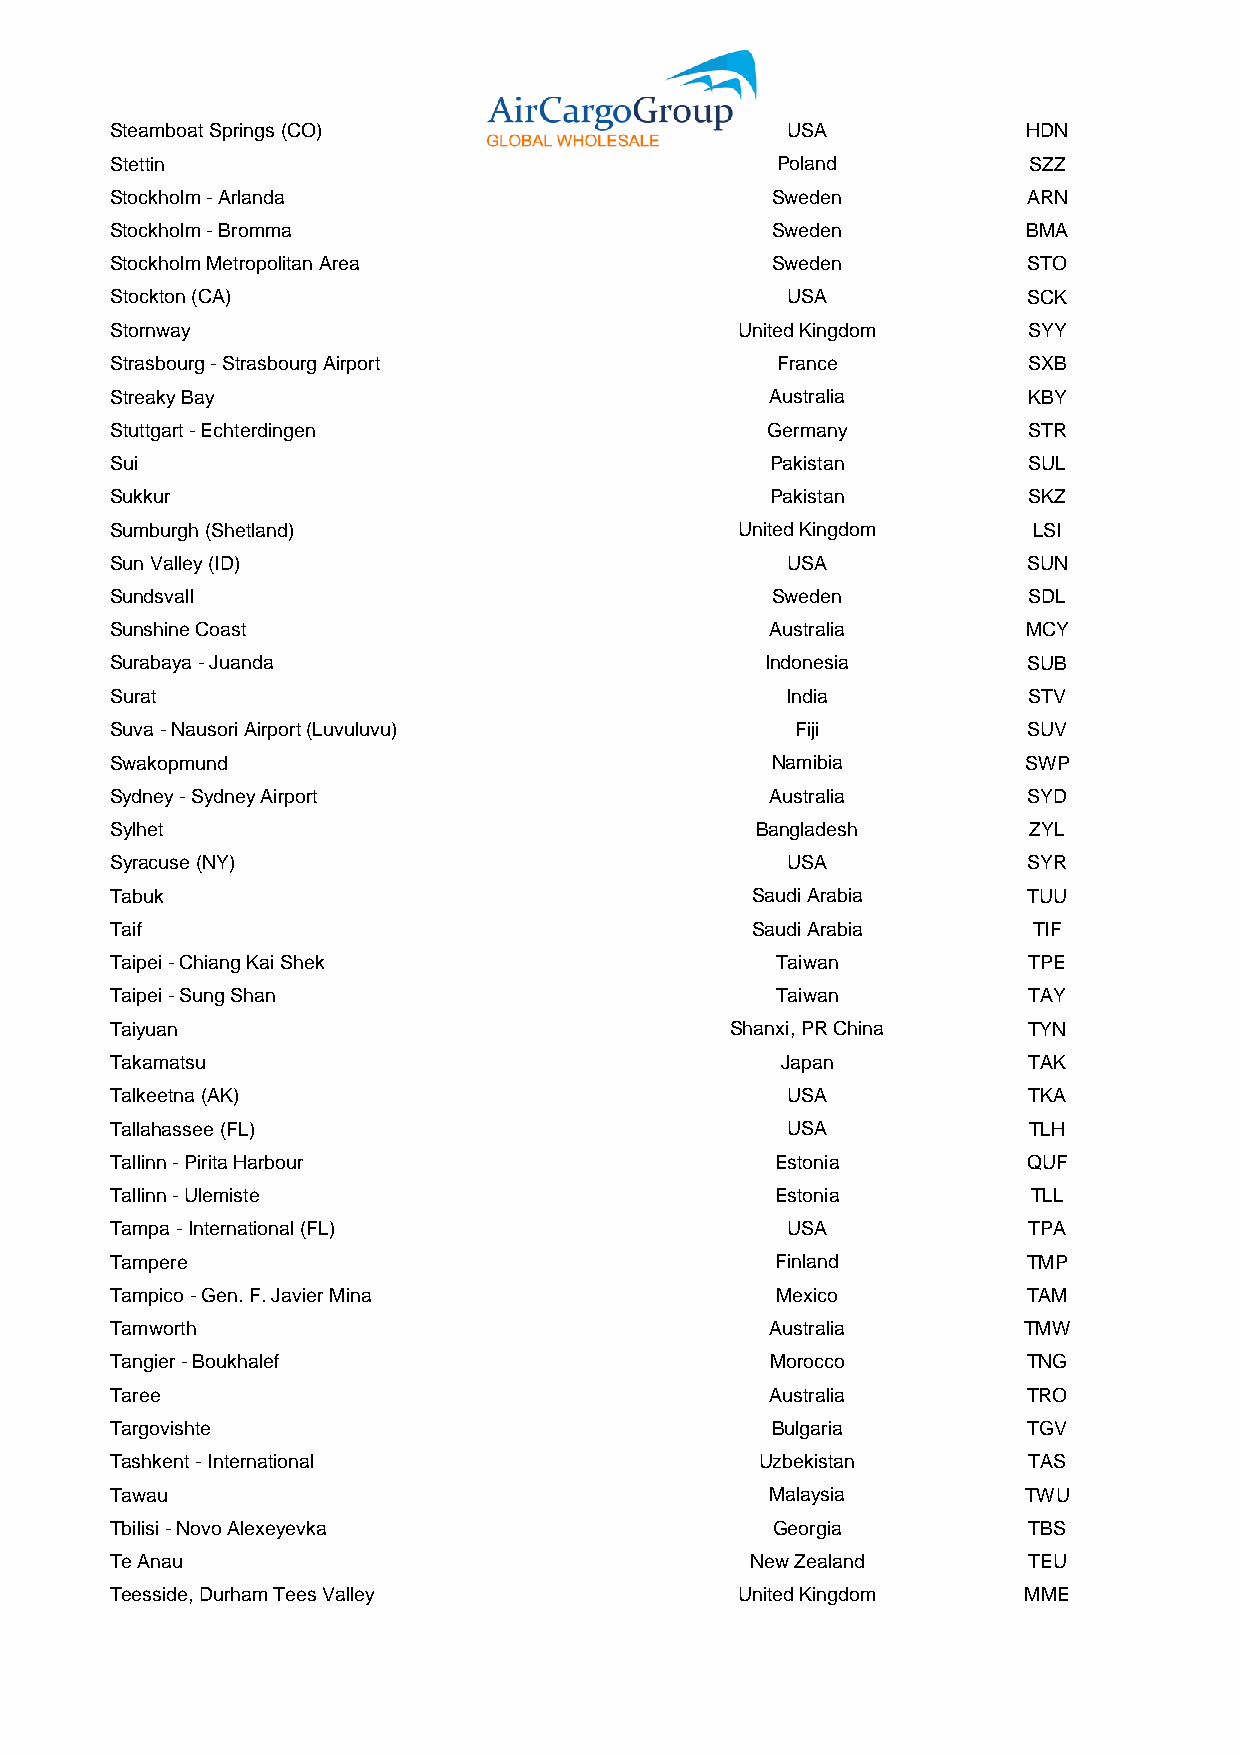
Steamboat Springs (CO)                       USA             HDN
 Stettin                                     Poland           SZZ
 Stockholm - Arlanda                         Sweden           ARN
 Stockholm - Bromma                          Sweden           BMA
 Stockholm Metropolitan Area                 Sweden           STO
 Stockton (CA)                                USA             SCK
 Stornway                                  United Kingdom     SYY
 Strasbourg - Strasbourg Airport             France           SXB
 Streaky Bay                                 Australia        KBY
 Stuttgart - Echterdingen                    Germany          STR
 Sui                                         Pakistan         SUL
 Sukkur                                      Pakistan         SKZ
 Sumburgh (Shetland)                       United Kingdom     LSI
 Sun Valley (ID)                              USA             SUN
 Sundsvall                                   Sweden           SDL
 Sunshine Coast                              Australia        MCY
 Surabaya - Juanda                           Indonesia        SUB
 Surat                                        India           STV
 Suva - Nausori Airport (Luvuluvu)             Fiji           SUV
 Swakopmund                                  Namibia          SWP
 Sydney - Sydney Airport                     Australia        SYD
 Sylhet                                     Bangladesh        ZYL
 Syracuse (NY)                                USA             SYR
 Tabuk                                      Saudi Arabia      TUU
 Taif                                       Saudi Arabia      TIF
 Taipei - Chiang Kai Shek                    Taiwan           TPE
 Taipei - Sung Shan                          Taiwan           TAY
 Taiyuan                                  Shanxi, PR China    TYN
 Takamatsu                                    Japan           TAK
 Talkeetna (AK)                               USA             TKA
 Tallahassee (FL)                             USA             TLH
 Tallinn - Pirita Harbour                    Estonia          QUF
 Tallinn - Ulemiste                          Estonia          TLL
 Tampa - International (FL)                   USA             TPA
 Tampere                                     Finland          TMP
 Tampico - Gen. F. Javier Mina               Mexico           TAM
 Tamworth                                    Australia        TMW
 Tangier - Boukhalef                         Morocco          TNG
 Taree                                       Australia        TRO
 Targovishte                                 Bulgaria         TGV
 Tashkent - International                   Uzbekistan        TAS
 Tawau                                       Malaysia         TWU
 Tbilisi - Novo Alexeyevka                   Georgia          TBS
 Te Anau                                    New Zealand       TEU
 Teesside, Durham Tees Valley              United Kingdom     MME